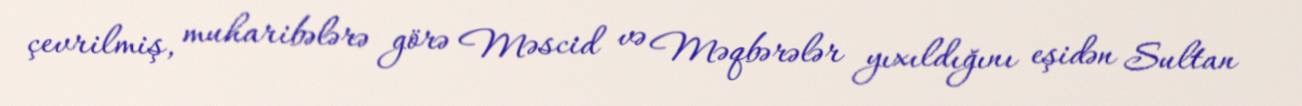
çevrilmiş, muharibələrə görə Məscid və Məqbərələr yıxıldığını eşidən Sultan